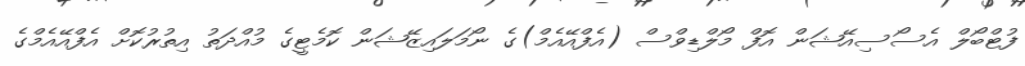
ފުޓްބޯލް އެސޯސިއޭޝަން އޮފް މޯލްޑިވްސް (އެފްއޭއެމް)ގެ ނޯމަލައިޒޭޝަން ކޮމެޓީގެ މުއްދަތު އިތުރުކޮށް އެފްއޭއެމްގެ